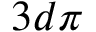
3 d \pi